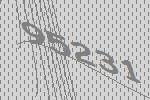
95231